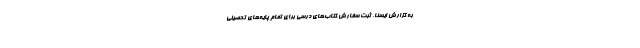
به گزارش ایسنا، ثبت سفارش کتاب‌های درسی برای تمام پایه‌های تحصیلی